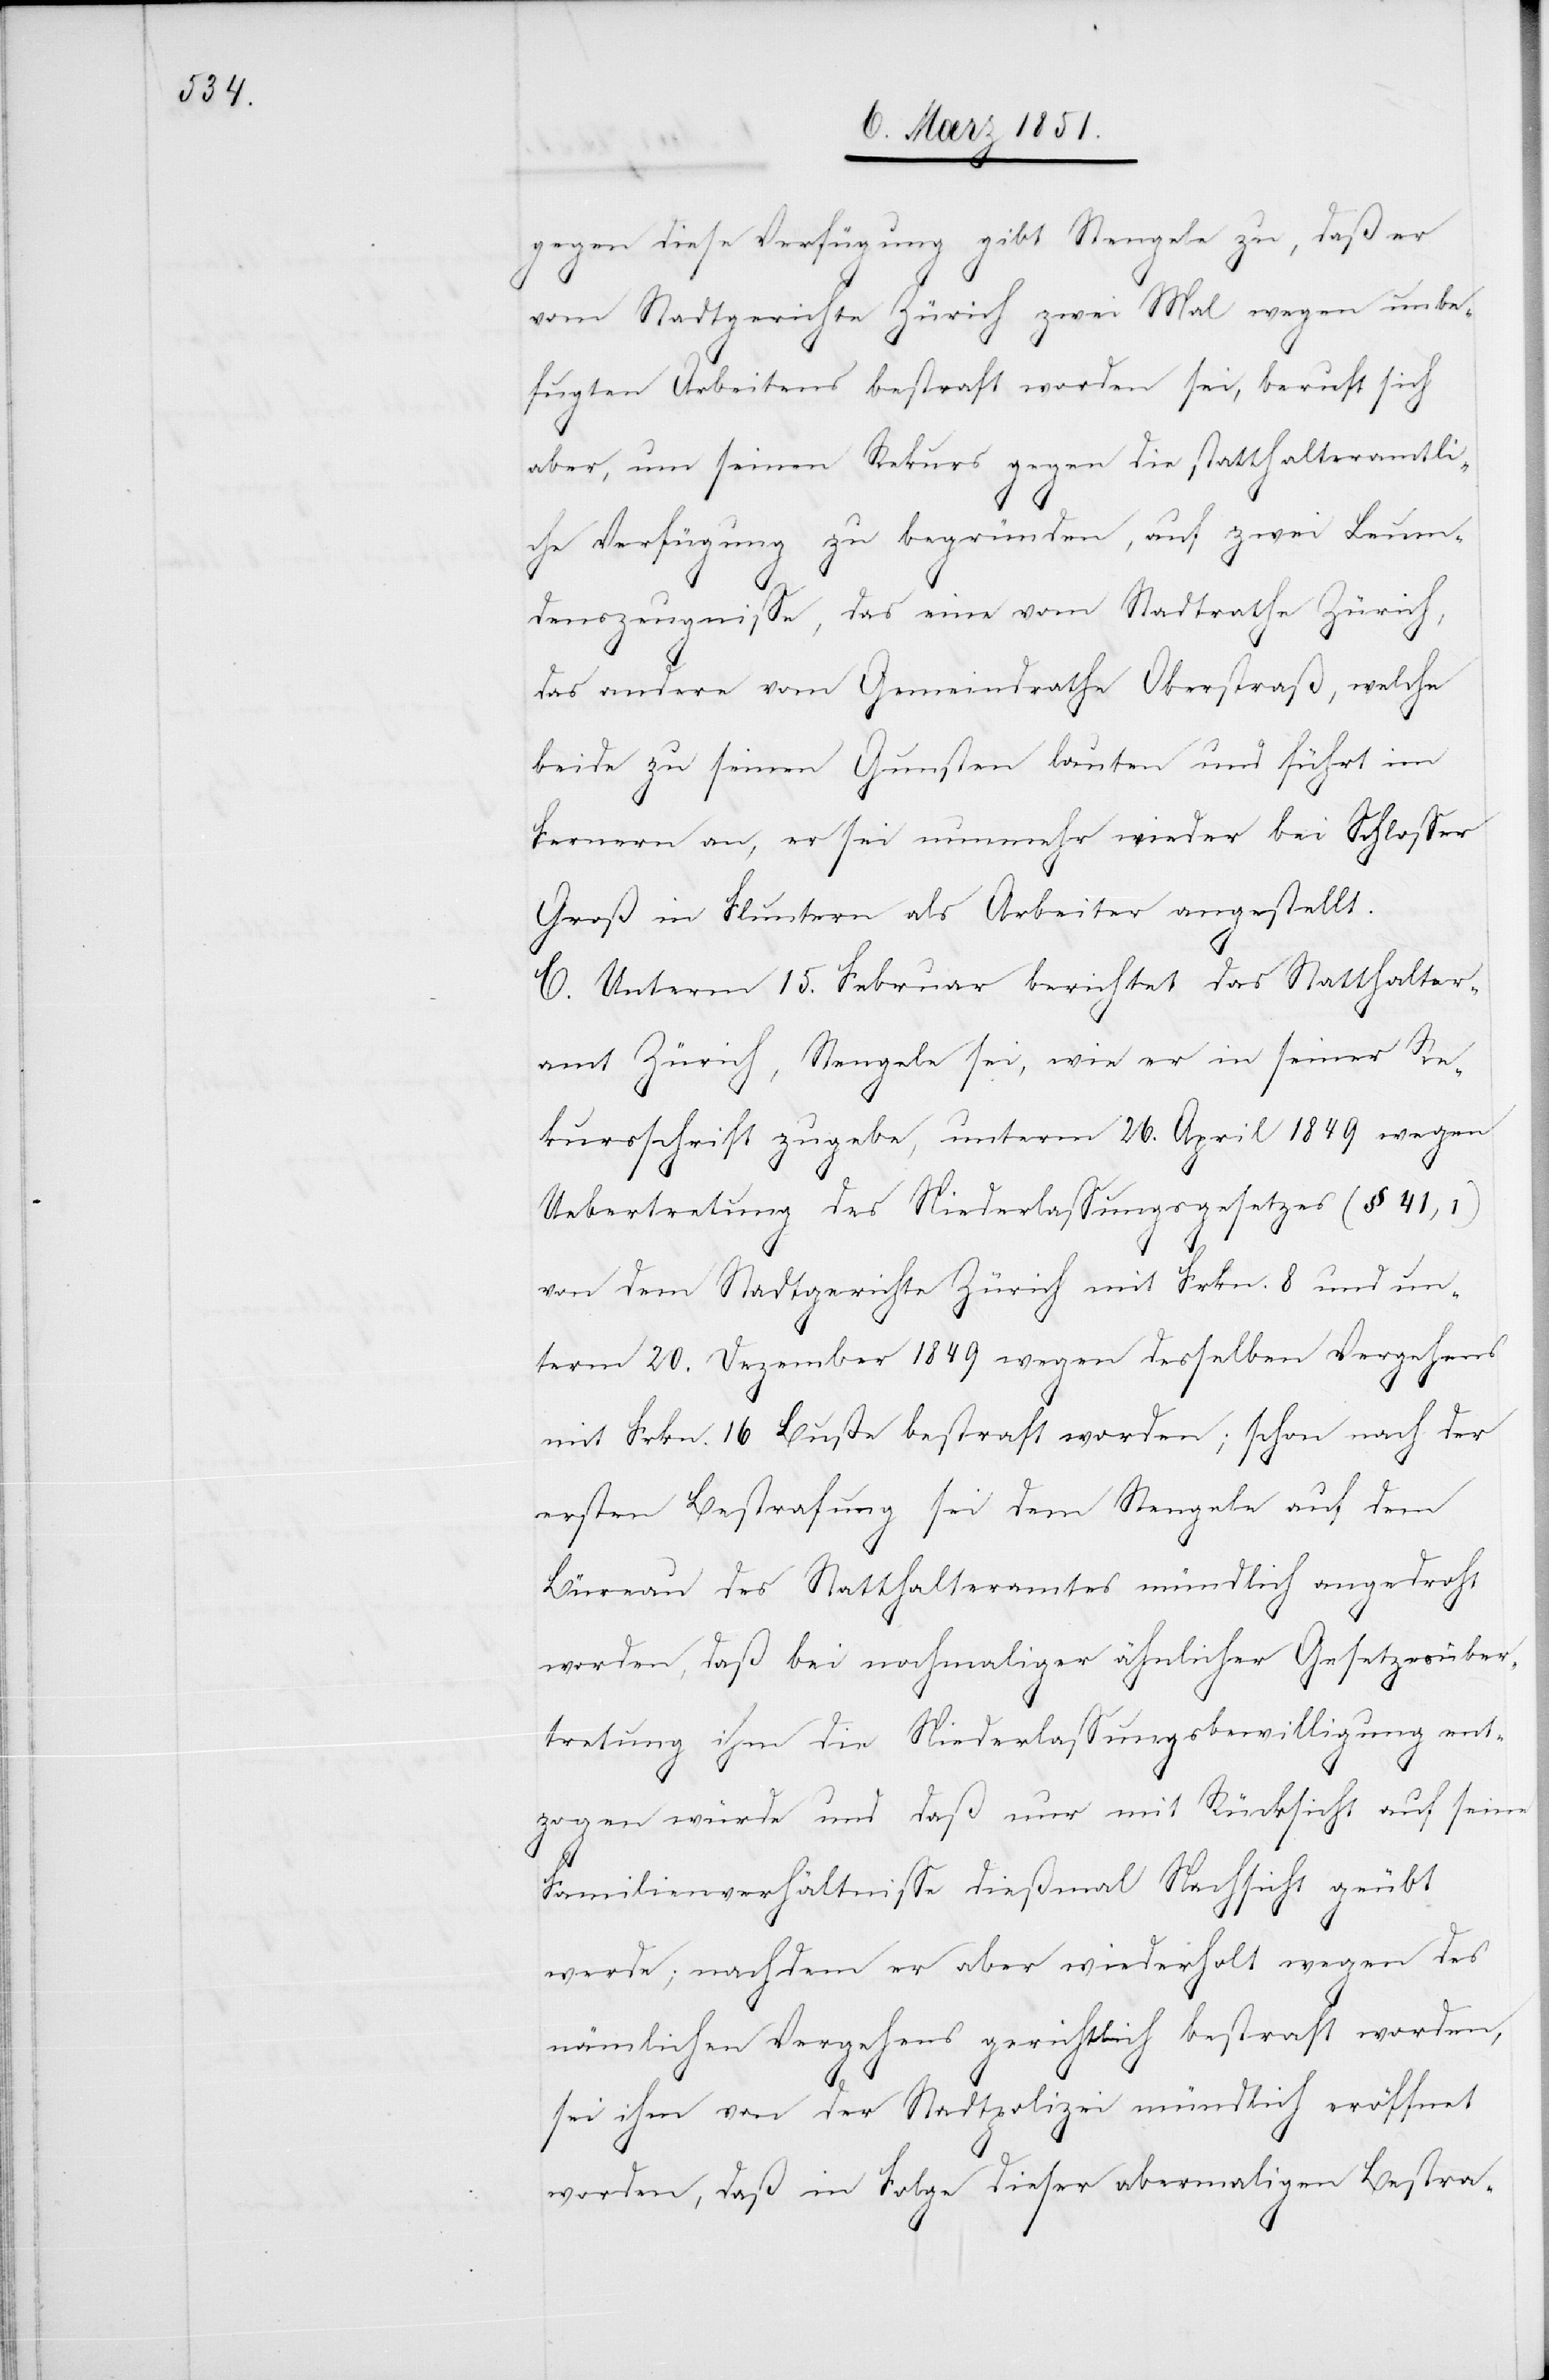
gegen diese Verfügung gibt Stengele zu, daß er
vom Stadtgerichte Zürich zwei Mal wegen unbe¬
fugten Arbeitens bestraft worden sei, beruft sich
aber, um seinen Rekurs gegen die statthalteramtli¬
che Verfügung zu begründen, auf zwei Leum¬
denszeugnisse, das eine vom Stadtrathe Zürich,
das andere vom Gemeindrathe Oberstraß, welche
beide zu seinen Gunsten lauten und führt im
Fernern an, er sei nunmehr wieder bei Schlosser
Groß in Fluntern als Arbeiter angestellt.
C. Unterm 15. Februar berichtet das Statthalter¬
amt Zürich, Stengele sei, wie er in seiner Re¬
kursschrift zugebe, unterm 26. April 1849 wegen
Uebertretung des Niederlassungsgesetzes (§ 41,1)
von dem Stadtgerichte Zürich mit Frkn. 8 und un¬
term 20. Dezember 1849 wegen desselben Vergehens
mit Frkn. 16 Buße bestraft worden; schon nach der
ersten Bestrafung sei dem Stengele auf dem
Büreau des Statthalteramtes mündlich angedroht
worden, daß bei nochmaliger ähnlicher Gesetzesüber¬
tretung ihm die Niederlassungsbewilligung ent¬
zogen würde und daß nur mit Rücksicht auf seine
Familienverhältnisse dießmal Nachsicht geübt
werde; nachdem er aber wiederholt wegen des
nämlichen Vergehens gerichtlich bestraft worden,
sei ihm von der Stadtpolizei mündlich eröffnet
worden, daß in Folge dieser abermaligen Bestra-